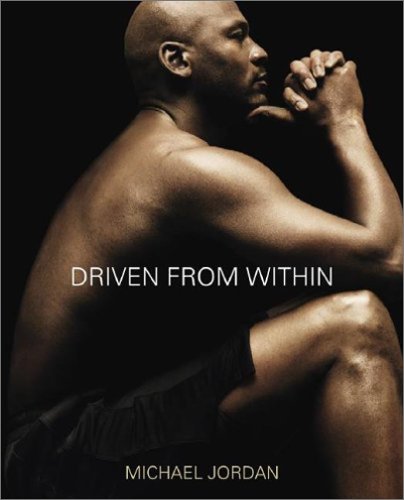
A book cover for Driven from Within; Michael Jordan; Biographies & Memoirs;